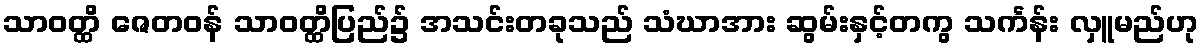
သာဝတ္ထိ ဇေတဝန် သာဝတ္ထိပြည်၌ အသင်းတခုသည် သံဃာအား ဆွမ်းနှင့်တကွ သင်္ကန်း လှူမည်ဟု